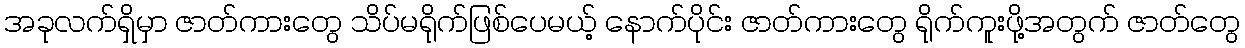
အခုလက်ရှိမှာ ဇာတ်ကားတွေ သိပ်မရိုက်ဖြစ်ပေမယ့် နောက်ပိုင်း ဇာတ်ကားတွေ ရိုက်ကူးဖို့အတွက် ဇာတ်တွေ